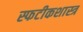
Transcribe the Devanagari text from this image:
स्फटीकशास्त्र